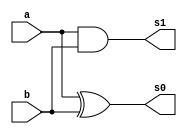
// ----------------------------------------------------------------------
// Guia 05 - Exericio 01 - Soma completa de dois valores de 3 bits cada
// Nome: Henrique Carvalho Parreira
// ----------------------------------------------------------------------

//-------------
//-- Meia Soma
//-------------

module meiaSoma(s0, s1, a, b);

output s0, s1;
input a, b;

xor XOR1(s0, a, b);
and AND1(s1, a, b);

endmodule 

//-----------------
//-- Soma Completa
//-----------------

module somaCompleta(s0, s1, a, b, c);

output s0, s1;
input a, b, c;

wire s2, s3, s4;

meiaSoma MS1 (s2, s3, a, b);
meiaSoma MS2 (s0, s4, s2, c);
or OR1 (s1, s3, s4);

endmodule //--fim module somaCompleta

// ------------
// -- Operao
// ------------

module operacao (s00, s10, s20, s30, a0, a1, a2, b0, b1, b2, c);
output s00, s10, s20, s30;
input a0, a1, a2, b0, b1, b2, c;

wire s0, s1, s2, s01, s11, s21;

xor XOR0 (s0, b0, c);
somaCompleta SC0 (s00, s01, a0, s0, c);
xor XOR1 (s1, b1, c);
somaCompleta SC1 (s10, s11, a1, s1, s01);
xor XOR2 (s2, b2, c);
somaCompleta SC2 (s20, s21, a2, s2, s11);

assign s30 = s21;

endmodule //--fim module operacao
 
 
// ----------------
// -- test operacao
// ---------------- 

module testOperacao;
reg   a0, a1, a2, b0, b1, b2, c;
wire  s00, s10, s20, s30;

// -- instncia
operacao OP1 (s00, s10, s20, s30, a0, a1, a2, b0, b1, b2, c);

initial begin:start
a0=0; a1=0; a2=0; b0=0; b1=0; b2=0; c=0;    
end

//-- parte principal
initial begin:main
$display("Guia 05 - Exercicio 01");
$display("Henrique Carvalho PArreira - 347133");
$display("Test soma com 3 bits");
$display("\na2 a1 a0 + b2 b1 b0= s30 s20 s10 s00\n");
$monitor("%b %b %b   +   %b %b %b  =  %b %b %b %b", a2, a1, a0, b2, b1, b0, s30, s20, s10, s00);
#1 a0=0; a1=0; a2=0; b0=0; b1=0; b2=1;
#1 a0=0; a1=0; a2=0; b0=0; b1=1; b2=0;
#1 a0=0; a1=0; a2=0; b0=0; b1=1; b2=1;
#1 a0=0; a1=0; a2=0; b0=1; b1=0; b2=0;
#1 a0=0; a1=0; a2=0; b0=1; b1=0; b2=1;
#1 a0=0; a1=0; a2=0; b0=1; b1=1; b2=0;
#1 a0=0; a1=0; a2=0; b0=1; b1=1; b2=1;
#1 a0=0; a1=0; a2=1; b0=0; b1=0; b2=0;
#1 a0=0; a1=0; a2=1; b0=0; b1=0; b2=1;
#1 a0=0; a1=0; a2=1; b0=0; b1=1; b2=0;
#1 a0=0; a1=0; a2=1; b0=0; b1=1; b2=1;
#1 a0=0; a1=0; a2=1; b0=1; b1=0; b2=0;
#1 a0=0; a1=0; a2=1; b0=1; b1=0; b2=1;
#1 a0=0; a1=0; a2=1; b0=1; b1=1; b2=0;
#1 a0=0; a1=0; a2=1; b0=1; b1=1; b2=1;
#1 a0=0; a1=1; a2=0; b0=0; b1=0; b2=0;
#1 a0=0; a1=1; a2=0; b0=0; b1=0; b2=1;
#1 a0=0; a1=1; a2=0; b0=0; b1=1; b2=0;
#1 a0=0; a1=1; a2=0; b0=0; b1=1; b2=1;
#1 a0=0; a1=1; a2=0; b0=1; b1=0; b2=0;
#1 a0=0; a1=1; a2=0; b0=1; b1=0; b2=1;
#1 a0=0; a1=1; a2=0; b0=1; b1=1; b2=0;
#1 a0=0; a1=1; a2=0; b0=1; b1=1; b2=1;
#1 a0=0; a1=1; a2=1; b0=0; b1=0; b2=0;
#1 a0=0; a1=1; a2=1; b0=0; b1=0; b2=1;
#1 a0=0; a1=1; a2=1; b0=0; b1=1; b2=0;
#1 a0=0; a1=1; a2=1; b0=0; b1=1; b2=1;
#1 a0=0; a1=1; a2=1; b0=1; b1=0; b2=0;
#1 a0=0; a1=1; a2=1; b0=1; b1=0; b2=1;
#1 a0=0; a1=1; a2=1; b0=1; b1=1; b2=0;
#1 a0=0; a1=1; a2=1; b0=1; b1=1; b2=1;

#1 a0=1; a1=0; a2=0; b0=0; b1=0; b2=0;
#1 a0=1; a1=0; a2=0; b0=0; b1=0; b2=1;
#1 a0=1; a1=0; a2=0; b0=0; b1=1; b2=0;
#1 a0=1; a1=0; a2=0; b0=0; b1=1; b2=1;
#1 a0=1; a1=0; a2=0; b0=1; b1=0; b2=0;
#1 a0=1; a1=0; a2=0; b0=1; b1=0; b2=1;
#1 a0=1; a1=0; a2=0; b0=1; b1=1; b2=0;
#1 a0=1; a1=0; a2=0; b0=1; b1=1; b2=1;
#1 a0=1; a1=0; a2=1; b0=0; b1=0; b2=0;
#1 a0=1; a1=0; a2=1; b0=0; b1=0; b2=1;
#1 a0=1; a1=0; a2=1; b0=0; b1=1; b2=0;
#1 a0=1; a1=0; a2=1; b0=0; b1=1; b2=1;
#1 a0=1; a1=0; a2=1; b0=1; b1=0; b2=0;
#1 a0=1; a1=0; a2=1; b0=1; b1=0; b2=1;
#1 a0=1; a1=0; a2=1; b0=1; b1=1; b2=0;
#1 a0=1; a1=0; a2=1; b0=1; b1=1; b2=1;
#1 a0=1; a1=1; a2=0; b0=0; b1=0; b2=0;
#1 a0=1; a1=1; a2=0; b0=0; b1=0; b2=1;
#1 a0=1; a1=1; a2=0; b0=0; b1=1; b2=0;
#1 a0=1; a1=1; a2=0; b0=0; b1=1; b2=1;
#1 a0=1; a1=1; a2=0; b0=1; b1=0; b2=0;
#1 a0=1; a1=1; a2=0; b0=1; b1=0; b2=1;
#1 a0=1; a1=1; a2=0; b0=1; b1=1; b2=0;
#1 a0=1; a1=1; a2=0; b0=1; b1=1; b2=1;
#1 a0=1; a1=1; a2=1; b0=0; b1=0; b2=0;
#1 a0=1; a1=1; a2=1; b0=0; b1=0; b2=1;
#1 a0=1; a1=1; a2=1; b0=0; b1=1; b2=0;
#1 a0=1; a1=1; a2=1; b0=0; b1=1; b2=1;
#1 a0=1; a1=1; a2=1; b0=1; b1=0; b2=0;
#1 a0=1; a1=1; a2=1; b0=1; b1=0; b2=1;
#1 a0=1; a1=1; a2=1; b0=1; b1=1; b2=0;
#1 a0=1; a1=1; a2=1; b0=1; b1=1; b2=1;

 end
 
 endmodule //-- fim teste operacao